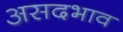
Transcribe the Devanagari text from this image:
असदभाव